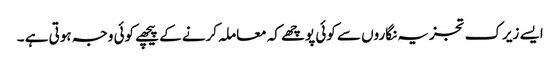
ایسے زیرک تجزیہ نگاروں سے کوئی پوچھے کہ معاملہ کرنے کے پیچھے کوئی وجہ ہوتی ہے ۔